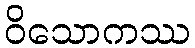
ဝိသောကဿ